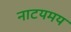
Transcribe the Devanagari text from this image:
नाटयमय